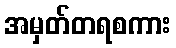
အမှတ်တရစကား